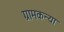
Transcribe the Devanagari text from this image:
ग्रामकन्या